Vaccination in Bombay 1874-1876 - 1874-1876
Year: 1874
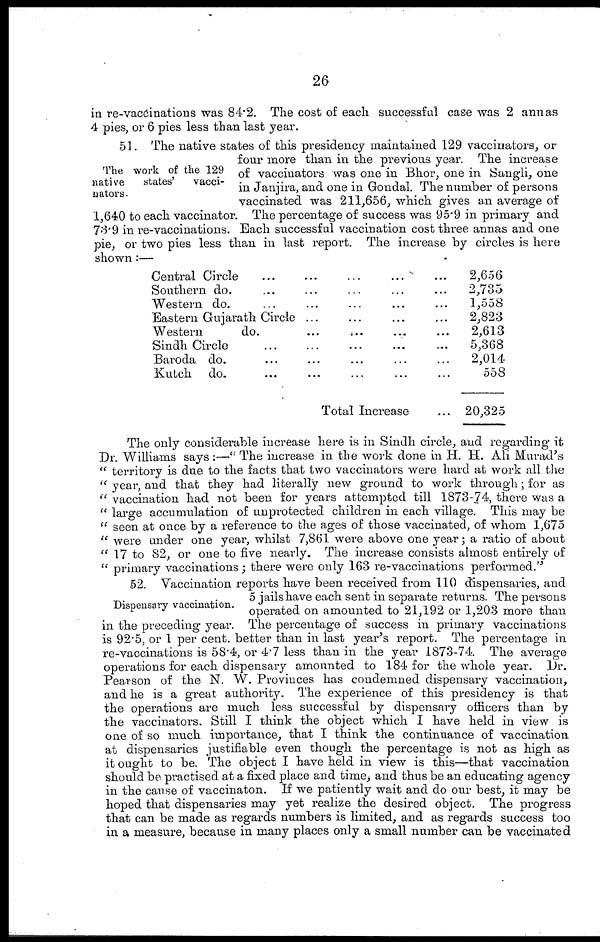
26
in re-vaccinations was 84.2. The cost of each successful case was 2 annas
4 pies, or 6 pies less than last year.
The work of the 129
native states' vacci-
nators.
51. The native states of this presidency maintained 129 vaccinators, or
four more than in the previous year. The increase
of vaccinators was one in Bhor, one in Sangli, one
in Janjira, and one in Gondal. The number of persons
vaccinated was 211,656, which gives an average of
1,640 to each vaccinator. The percentage of success was 95.9 in primary and
73.9 in re-vaccinations. Each successful vaccination cost three annas and one
pie, or two pies less than in last report. The increase by circles is here
shown :—
Central Circle ... ... ... ... ...
Southern do. ... ... ... ...
Western do. ... ... ... ...
Eastern Gujarath Circle ...
Western
do. ... ... ... ...
Sindh Circle ... ... ... ...
Baroda do. ... ... ...
Kutch do. ... ... ...
Total Increase ...
2,656
2,735
1,558
2,823
2,613
5,368
2,014
558
20,325
The only considerable increase here is in Sindh circle, and regarding it
Dr. Williams says :—" The increase in the work done in H. H. Ali Murad's
" territory is due to the facts that two vaccinators were hard at work all the
" year, and that they had literally new ground to work through; for as
" vaccination had not been for years attempted till 1873-74, there was a
" large accumulation of unprotected children in each village. This may be
" seen at once by a reference to the ages of those vaccinated, of whom 1,675
" were under one year, whilst 7,861 were above one year ; a ratio of about
" 17 to 82, or one to five nearly. The increase consists almost entirely of
" primary vaccinations; there were only 163 re-vaccinations performed."
Dispensary vaccination.
52. Vaccination reports have been received from 110 dispensaries, and
5 jails have each sent in separate returns. The persons
operated on amounted to 21,192 or 1,203 more than
in the preceding year. The percentage of success in primary vaccinations
is 92.5, or 1 per cent. better than in last year's report. The percentage in
re-vaccinations is 58.4, or 4.7 less than in the year 1873-74. The average
operations for each dispensary amounted to 184 for the whole year. Dr.
Pearson of the N. W. Provinces has condemned dispensary vaccination,
and he is a great authority. The experience of this presidency is that
the operations are much less successful by dispensary officers than by
the vaccinators. Still I think the object which I have held in view is
one of so much importance, that I think the continuance of vaccination
at dispensaries justifiable even though the percentage is not as high as
it ought to be. The object I have held in view is this—that vaccination
should be practised at a fixed place and time, and thus be an educating agency
in the cause of vaccinaton. If we patiently wait and do our best, it may be
hoped that dispensaries may yet realize the desired object. The progress
that can be made as regards numbers is limited, and as regards success too
in a measure, because in many places only a small number can be vaccinated